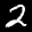
Label: 2